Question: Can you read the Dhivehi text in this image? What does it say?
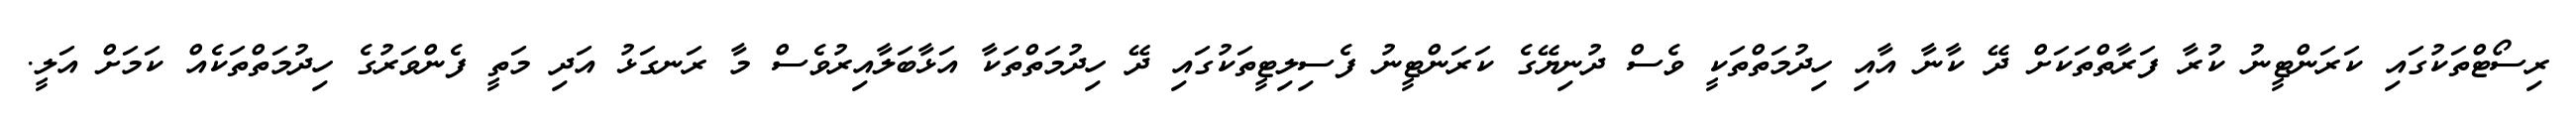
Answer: ރިސޯޓްތަކުގައި ކަރަންޓީނު ކުރާ ފަރާތްތަކަށް ދޭ ކާނާ އާއި ހިދުމަތްތަކީ ވެސް ދުނިޔޭގެ ކަރަންޓީނު ފެސިލިޓީތަކުގައި ދޭ ހިދުމަތްތަކާ އަޅާބަލާއިރުވެސް މާ ރަނގަޅު އަދި މަތީ ފެންވަރުގެ ހިދުމަތްތަކެއް ކަމަށް އަލީ.